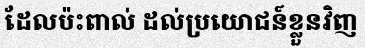
ដែលប៉ះពាល់ ដល់ប្រយោជន៍ខ្លួនវិញ